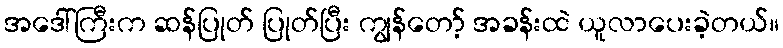
အဒေါ်ကြီးက ဆန်ပြုတ် ပြုတ်ပြီး ကျွန်တော့် အခန်းထဲ ယူလာပေးခဲ့တယ်။